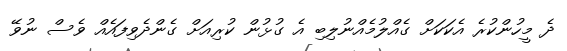
ދެ މީހުންކުރެ އެކަކަށް ގެއްލުމެއްނުލިބި އެ ގުޅުން ކުރިއަށް ގެންދެވިފައެއް ވެސް ނުވޭ